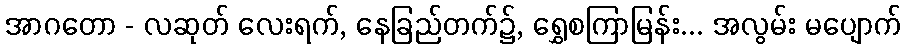
အာဂတော - လဆုတ် လေးရက်, နေခြည်တက်၌, ရွှေစကြာမြန်း... အလွမ်း မပျောက်